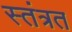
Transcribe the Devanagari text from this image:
स्‍तंत्रत